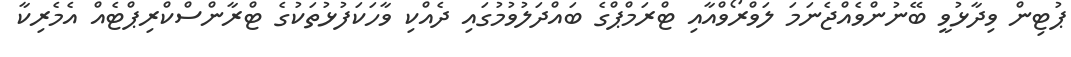
ޕުޓިން ވިދާޅުވީ ބޭނުންވެއްޖެނަމަ ލަވްރޯވްއާއި ޓްރަމްޕްގެ ބައްދަލުވުމުގައި ދެއްކި ވާހަކަފުޅުތަކުގެ ޓްރާންސްކްރިޕްޓެއް އެމެރިކާ